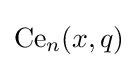
{\text{Ce}}_{n}(x,q)